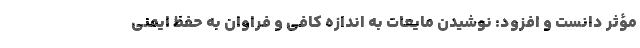
مؤثر دانست و افزود: نوشیدن مایعات به اندازه کافی و فراوان به حفظ ایمنی